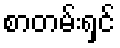
စာတမ်းရှင်